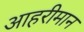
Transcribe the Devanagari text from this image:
आहरीमान